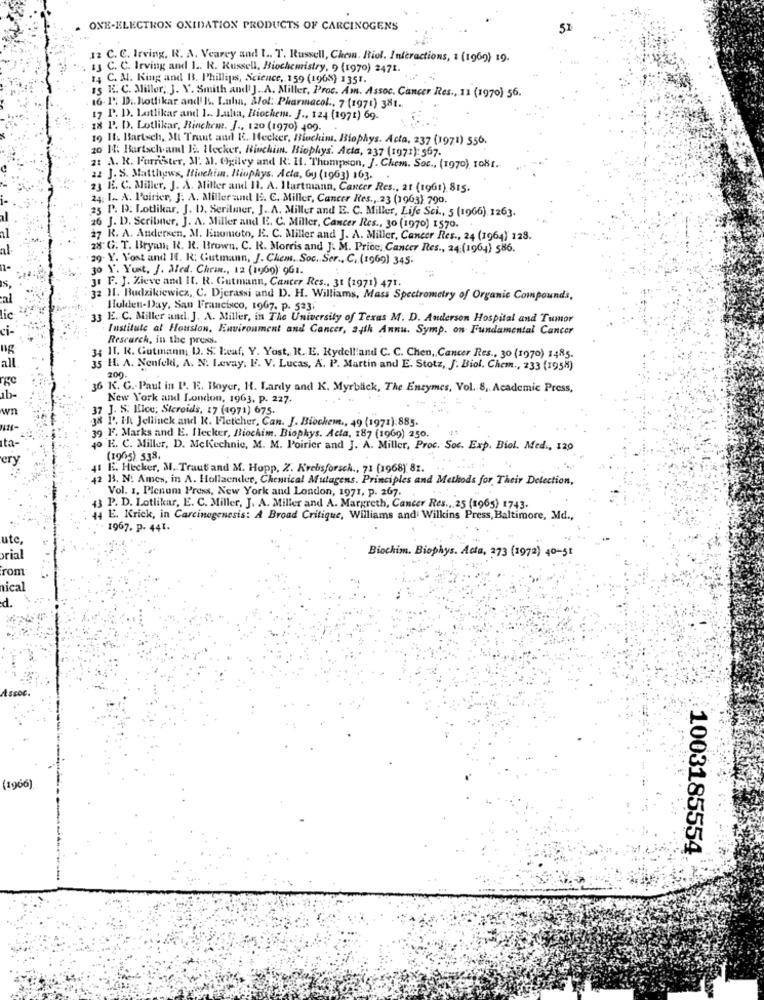
ONE-ELECTRON OXIDATION PRODUCTS OF CARCINOGENS
51
12 C. C. Irving, K. A. Vearey and I .. T. Russell, Chem. Riol. Interactions, 1 (1969) 19.
13 C. C. Irving and 1 .. R. Russell, Biochemistry, 9 (1970) 2471.
14 C. M. King and B. Phillips, Science, 159 (1968) 1351.
15 K. C. Millor, J. V. Smith and! J .. A. Miller, Proc. Am. Assoc. Cancer Res ., 11 (1970) 56.
16. 1'. D ., Nottikar and' IL. Luha, Sol: Pharmacol ., 7 (1971) 381.
17 P. D. Latlikar and 1 .. Jakta, Biochem. J ., 124 (1971) 69.
18 P. D. Lotlikar, Binchent. / .. 120 (1970) 109.
19 11. Bartsch, Mi Trant and I. Hecker, Biochim. Biophys. Acta, 237 (1971) 556.
20 14. Bartsch aml li. Hecker, Winchiin. Biophys. Acta, 237 (1971): 567.
at A. K. Forrester, M. Al. Ogilvy and R: It. Thompson, J. Chem. Soc ., (1970) ro8[ ..
2 J. S. Matthews, Miachim, Biophys. Acta, Gy (1963) 163. .
23 H. C. Miller, J. A. Miller and 11. A. Hartmann, Cancer Res ., 21 (1961) 815.
24, 1 .. A. Poirier, J. A. Miller and I. C. Miller, Cancer Res ., 23 (1963) 790.
25 P. D. Lotlikar, J. D. Serilmer, J .. A. Miller and E. C. Miller, Life Sci ., 5 (1966).1263.
26 J. D. Scribner, J. A. Miller and I. C. Miller, Cancer Res ., 30 (1970) 1570.
27 R. A. Andersen, M. Kinomoto, R. C. Miller and J. A. Miller, Cancer Res ., 24 (1964) 128.
28. G. T. Bryan, R. R. Brown. C. R. Morris and J. M. Price, Cancer Res ., 24:(1964) 586.
29. Y. Vost and If. R: Gutmann, J. Chem. Soc. Ser ., C. (1969) 345:
30 Y. Yust. J. aled. Chra ., 12 (1969) 961.
31 F. J. Zieve and It. R. Gutmann, Cancer Res ., 31 (1971) 471.
al
32 11. Budzikiewicz, C. Djcrassi and D. H. Williams, Mass Spectrometry of Organic Compounds,
Holden-Day, San Francisco, 1967. P. 523.
lic
33 E. C. Miller and. J. A. Miller, in The University of Texas M. D. Anderson Hospital and Tumor
ci-
. Institute al Houston, Environment and Cancer, a4th Annu. Symp. on Fundamental Cancer
Research, in the press.
ng
all
34 11. R. Gutmann; D. S. Leaf, Y. Yost, R. E. Rydell!and C. C. Chen, Cancer Res ., 30 (1970) 1485.
35 H. A. Nenfeld, A. N. Levay, F. V. Lucas, A. P. Martin and E. Stotz, J. Biol. Chem ., 233 (1958)
200.
36 K. C .- Paul in P. E. Boyer, H. Lardy and K. Myrback, The Enzymes, Vol. 8, Academic Press,
1b-
New York and London, 1963, p. 227.
wn
37 J. S. Ilce; Steroids, 17 (1971) 675.
38 P. Hu Jellinck and R. Fletcher, Can. J. Biochem ., 49 (1971):885.
ta-
39 F. Marks and E. Hlecker, Biochim. Biophys. Acta, 187 (1969) 250.
40 H. C. Miller, D. McKechnie, M. M. Poirier and J. A. Miller, Proc. Soc. Exp. Biol. Med ., 120
cry
(1965) 538.
E. Hecker, M. Traut and M. Hopp, Z. K'rebisforseh ., 71 (1968)' 81.
12 18. N. Ames, in A. Hollaender, Chemical Mutagens. Principles and Methods for Their Detection,
Vol. 1, Plenum Press, New York and London, 1971, p. 267.
43 P. D. Lotlikar, E. C. Miller, J. A. Miller and A. Margreth, Cancer Res ., 25 (1965) 1743.
44 E. Krick, in Carcinogenesis: A Broad Critique, Williams and Wilkins Press, Baltimore, Md .,
1967. p. 441.
ute,
Biochim. Biophys. Acta, 273 (1972) 40-51
orial
rom
nical
d.
(1966).
1003185554